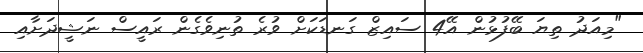
"މިއަދު ތިޔަ ބޭފުޅުން އޭ4 ސައިޒް ގަނޑަކަށް ވުރެ ތުނިވެގެން ރައީސް ނަޝީދަށާއި